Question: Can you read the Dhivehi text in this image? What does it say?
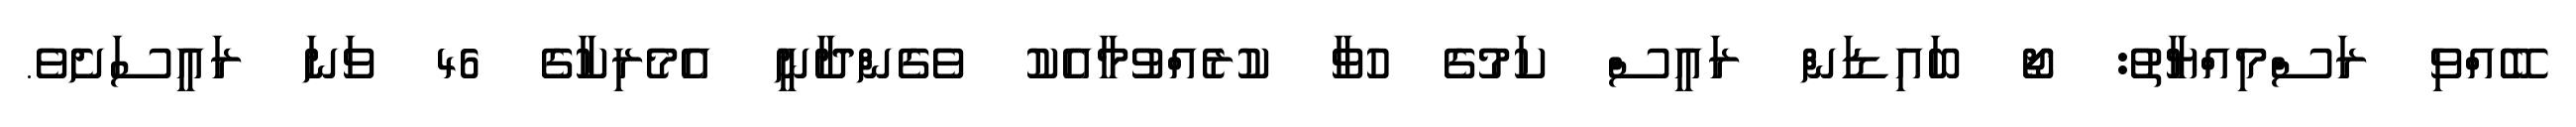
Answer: ބޭއްވި ރަސްމިއްޔާތު: ޖޯ ބައިޑަން ރައީސް ކަމުގެ ހުވާ ކުރެއްވުމާއެކު ވެގެންދާނީ އެމެރިކާގެ 46 ވަނަ ރައީސަށެވެ.